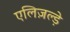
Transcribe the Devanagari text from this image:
एलिज़ल्ड़े